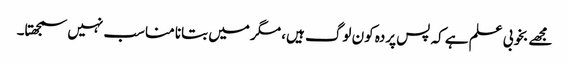
مجھے بخوبی علم ہے کہ پس پردہ کون لوگ ہیں، مگر میں بتانا مناسب نہیں سمجھتا۔